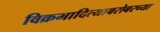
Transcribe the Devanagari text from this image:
विक्रमादित्याबरोबरच्या